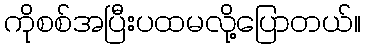
ကိုစစ်အပြီးပထမလို့ပြောတယ်။